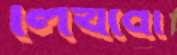
লিখবো